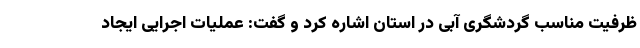
ظرفیت مناسب گردشگری آبی در استان اشاره کرد و گفت: عملیات اجرایی ایجاد